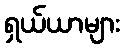
ရှယ်ယာများ